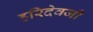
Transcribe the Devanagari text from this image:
हरिदेवजी